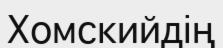
Хомскийдің